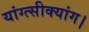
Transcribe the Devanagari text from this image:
यांग्त्सीक्यांग।